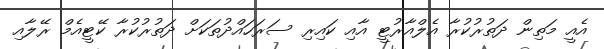
އެއީ މަތިން ދަތުރުކުރާ އެލްއާރުޓީ އާއި ކައިރި ސަރަހައްދުތަކަށް ދަތުރުކުރާ ކޭޓީއެމް ރޭލާއި